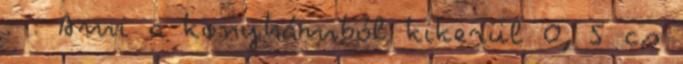
: : Ami a konyhámból kikerül 0, 5 cs